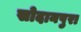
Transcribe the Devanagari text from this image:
सोदानपुरा